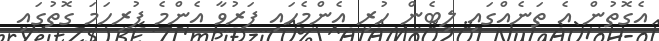
އެގޮތުން އެ ތަނެއްގައި ލިބެން ހުރި އެންމެހައި ފަރުވާ އެންމެ ފުރިހަމަ ގޮތުގައި